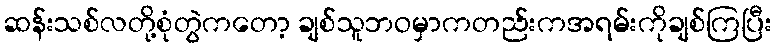
ဆန်းသစ်လတို့စုံတွဲကတော့ ချစ်သူဘဝမှာကတည်းကအရမ်းကိုချစ်ကြပြီး